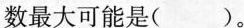
数最大可能是( )。